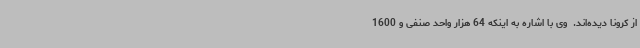
از کرونا دیده‌اند. ‌ وی با اشاره به اینکه 64 هزار واحد صنفی و 1600